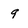
Character: 9